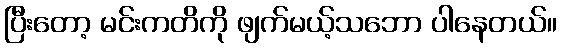
ပြီးတော့ မင်းကတိကို ဖျက်မယ့်သဘော ပါနေတယ်။